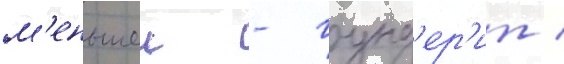
м'еньшеи - гунд'ер'ит /